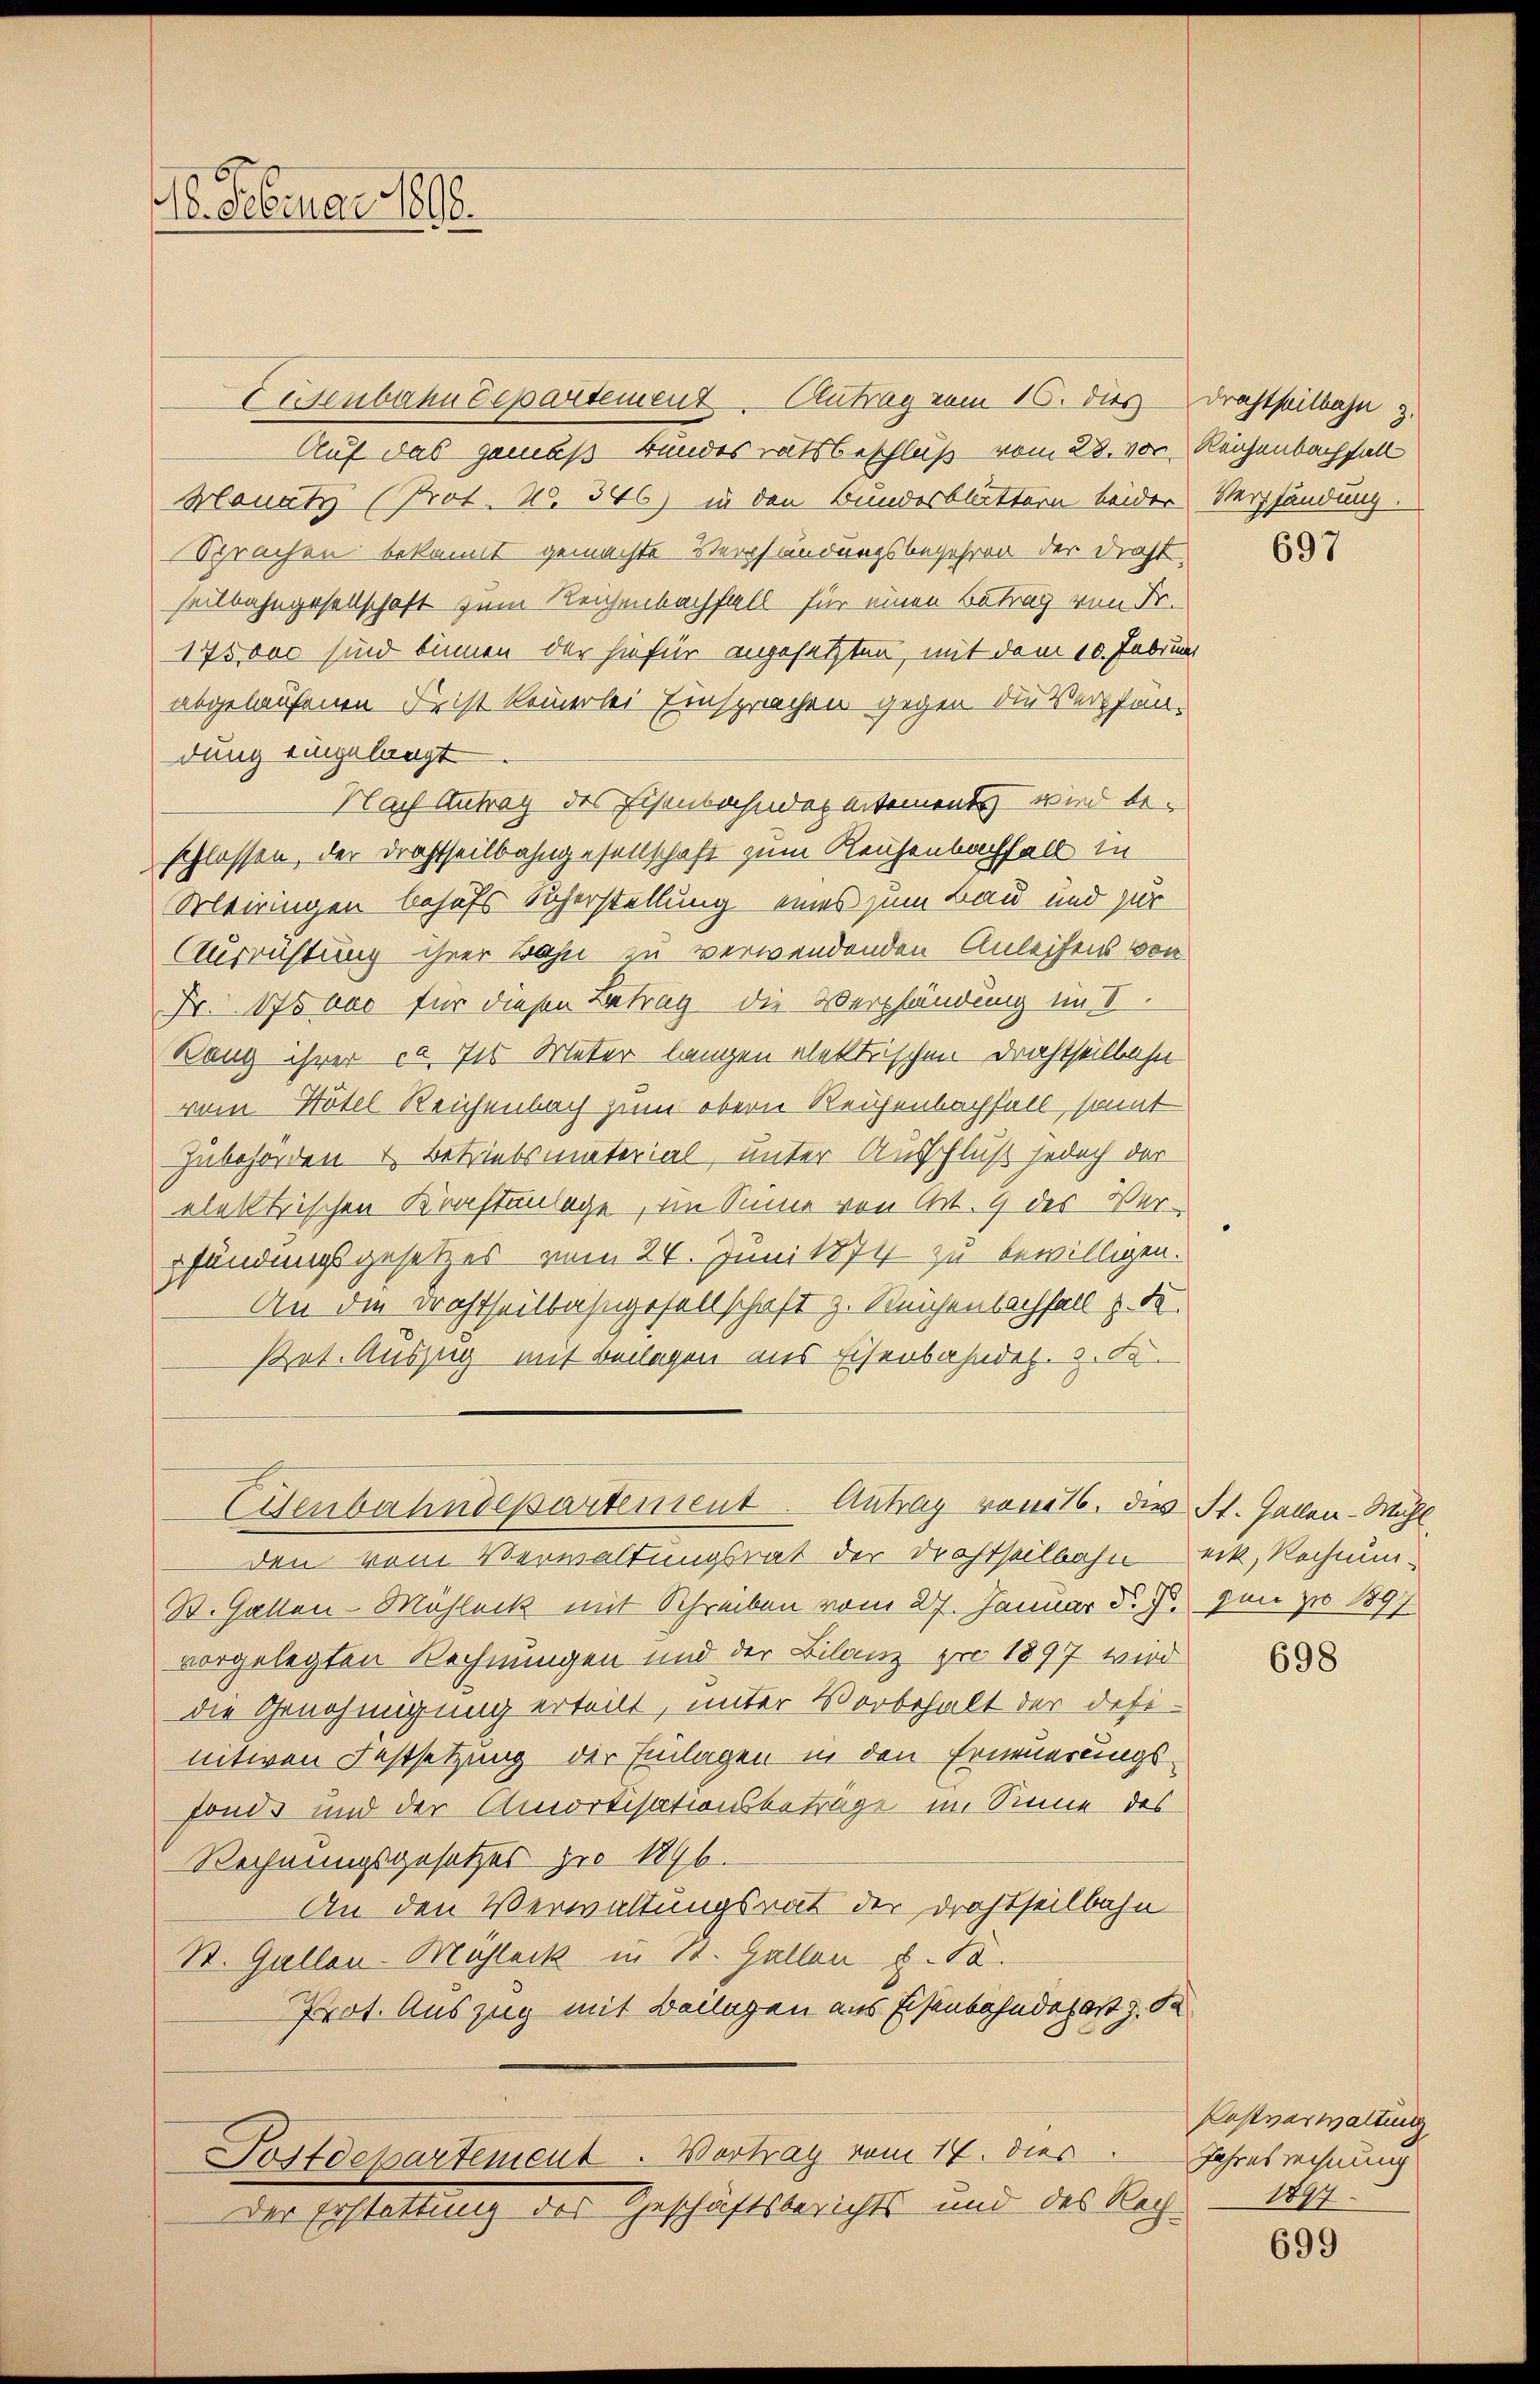
18. Februar 1890.

Eisenbahndepartement Antrag vom 16. dies Drahtheilbahn z.
Auf das gemäß Bundesratsbeschluß vom 28. von Reichenbachfall
Monatz (Prot. 20. 346) in den Bundesblättern beider Verpfändung.
Sprachen bekannt gemachte Verpfändungsbegehren der Draht.
seitbahngesellschaft zum Reichenbachfall für einen Betrag von Fr.
175000 sind binnen der hiefür angesetzten, mit dem 10. Februar
abgelaufenen Frist keinerlei Einsprachen gegen die Verpfandung eingelangt
Nach Antrag des Eisenbahnderentement und beschlossen, der Drahtheilbahngesellschaft zum Reichenbachfall in
Meiringen behufs Sicherstellung eines zum Bau und für
Ausrichtung ihrer Bahn zu verwendenden Anleisens von
Fr. 176 das für diesen Betrag die Verpfändung im V.
Rang ihrer ca. 7t Meter langen elektrischen Drahtheilbahn
vom Hotel Reichenbach zum obern Reichenbachfall samt
Zubehörden & Betriebsmaterial, unter Ausschluß jedoch der
elektrischen Kraftenlage, im Sinne von Art. 9 des Verpfändungsgesetzes vom 24. Juni 1874 zu bewilligen.
An die Drahtheilbahngesellschaft z. Reichenbachfall u. de
Pet. Auszug mit Beilagen aus Eisenbahndet. v. Fr.

Genbahndepartement. Antrag vom 16. dies St. Gallen-Mühl,

den vom Verwaltungsrat der Drahtselbahn erk, Rechnun¬
St. Gallen-Mühleck mit Schreiben vom 27. Januar d. Js. von zu 1897
vorgelegten Rechnungen und der Bilanz pr 1897 wird
die Genehmigung erteilt, unter Vorbehalt der Defi-
nitiven Festsetzung der Einlagen in den Erneuerungs-
fonds und der Amortisationsbeträge im Sinne des
Rechnungsgesetzes pro 186.
An den Verwaltungsrat der Drahtheilbahn
St. Gallen-Mühleck in St. Gallen d. 18.
Prot. Auszug mit Beingen aus Eisenbahndepart z. S
Postdepartement. Vortrag vom 14. dies
Der Erstattung des Geschäftsberichts und des Rech¬

697

698

Postverwaltung
Jahresrechnung
1894

699